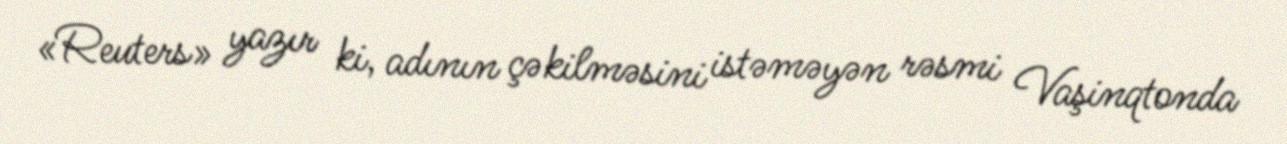
«Reuters» yazır ki, adının çəkilməsini istəməyən rəsmi Vaşinqtonda